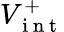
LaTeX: V_{\mathrm{~i~n~t~}}^{+}